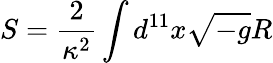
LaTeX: S=\frac{2}{\kappa^{2}}\int d^{11}x\sqrt{-g}R